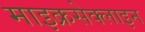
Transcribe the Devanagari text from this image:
माइक्रसेक्लाइन